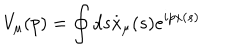
LaTeX: V _ { \mu } ( p ) = \oint d s \stackrel { . } { x } _ { \mu } ( s ) e ^ { i p x ( s ) }